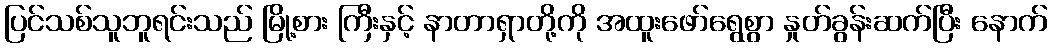
ပြင်သစ်သူဘူရင်းသည် မြို့စား ကြီးနှင့် နာတာရှာတို့ကို အထူးဖော်ရွေစွာ နှုတ်ခွန်းဆက်ပြီး နောက်